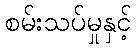
စမ်းသပ်မှုနှင့်